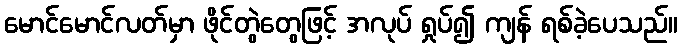
မောင်မောင်လတ်မှာ ဖိုင်တွဲတွေဖြင့် အလုပ် ရှုပ်၍ ကျန် ရစ်ခဲ့ပေသည်။